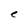
Character: e